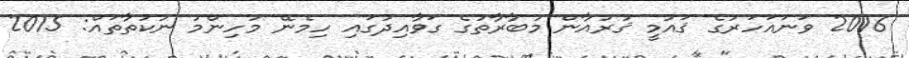
2016 ވަނައަހަރުގެ ޤައުމީ ޤުރުއާން މުބާރާތުގެ ގަވާއިދުގައި ހިމެނޭ މުހިންމު ނުކުތާތައް: 2015